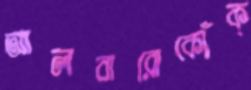
আলবারোকোঁক্